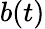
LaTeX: b(t)